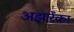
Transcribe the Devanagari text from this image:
अझारेंका